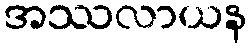
အဿလာယန